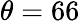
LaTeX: \theta=66